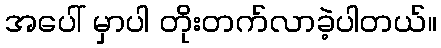
အပေါ် မှာပါ တိုးတက်လာခဲ့ပါတယ်။